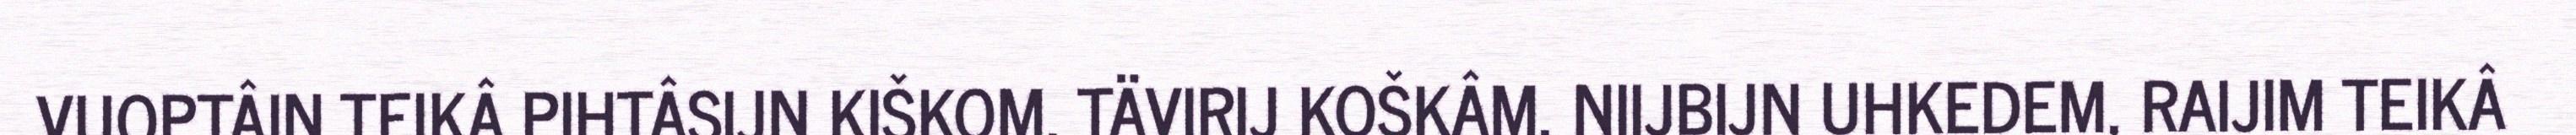
VUOPTÂIN TEIKÂ PIHTÂSIJN KIŠKOM, TÄVIRIJ KOŠKÂM, NIIJBIJN UHKEDEM, RAIJIM TEIKÂ